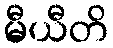
မီယီတိ